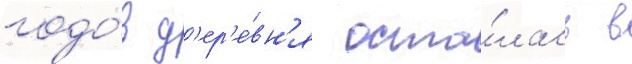
годо́в д'ер'е́вн'я оста́лась в